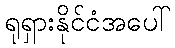
ရုရှားနိုင်ငံအပေါ်